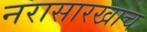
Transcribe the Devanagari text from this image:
नरासारखाच